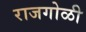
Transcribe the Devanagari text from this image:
राजगोळी